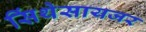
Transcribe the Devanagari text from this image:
सिंथेसायजर